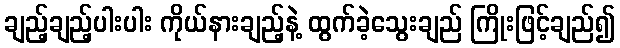
ချည့်ချည့်ပါးပါး ကိုယ်နားချည့်နဲ့ ထွက်ခဲ့သွေးချည် ကြိုးဖြင့်ချည်၍